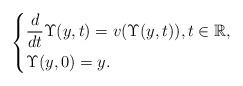
LaTeX: \begin{align*}\begin{dcases}\dfrac{d}{dt} \Upsilon (y,t) = v(\Upsilon(y, t)), t \in \mathbb{R}, \\\Upsilon(y, 0) = y.\end{dcases}\end{align*}